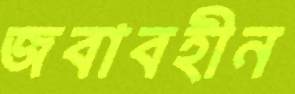
জবাবহীন